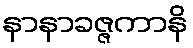
နာနာခဇ္ဇကာနိ